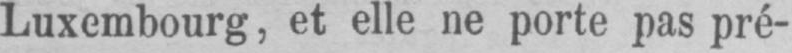
Luxembourg, et elle ne porte pas pré-